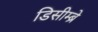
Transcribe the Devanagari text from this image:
डिसीम्ब्रे